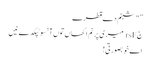
” "شبنم دے قطرے
جrsF میری پرنم اکھاں تو‏ں آنسو ٹپکدے نیں
اے خوبصورتی!